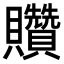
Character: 𧹏